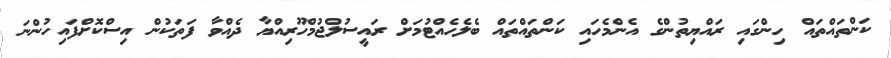
ކަންތައްތައް ހިންގައި ރައްޔިތުންގެ އެންމެހައި ކަންތައްތައް ބެލެހެއްޓުމަށް ރައީސުލްޖުމްހޫރިއްޔާ ދެއްވާ ފަތަކުން އިސްކޮށްފައިހުންނަ